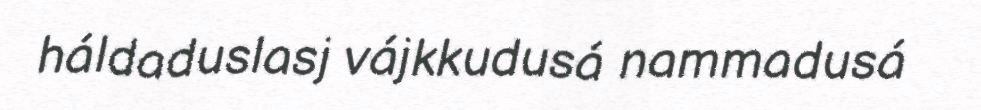
háldaduslasj vájkkudusá nammadusá